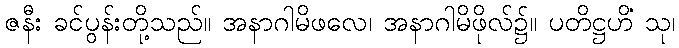
ဇနီး ခင်ပွန်းတို့သည်။ အနာဂါမိဖလေ၊ အနာဂါမိဖိုလ်၌။ ပတိဋ္ဌဟိံ သု၊